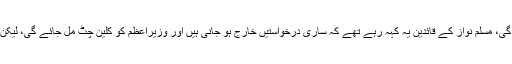
تحریک انصاف کا خیال تھا کہ سپریم کورٹ وزیرِ اعظم کو گھر بھیج دے گی، مسلم نواز کے قائدین یہ کہہ رہے تھے کہ ساری درخواستیں خارج ہو جانی ہیں اور وزیراعظم کو کلین چٹ مل جائے گی، لیکن یہ فیصلہ دونوں جماعتوں کے حق میں بھی آیا ہے جبکہ مخالفت میں بھی۔